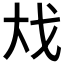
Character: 𪥅